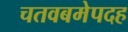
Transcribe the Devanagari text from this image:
चतवबमेपदह